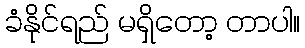
ခံနိုင်ရည် မရှိတော့ တာပါ။